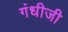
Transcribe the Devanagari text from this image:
गंधीजी